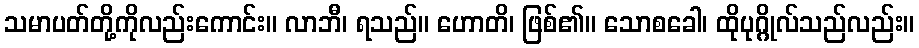
သမာပတ်တို့ကိုလည်းကောင်း။ လာဘီ၊ ရသည်။ ဟောတိ၊ ဖြစ်၏။ သောစခေါ၊ ထိုပုဂ္ဂိုလ်သည်လည်း။